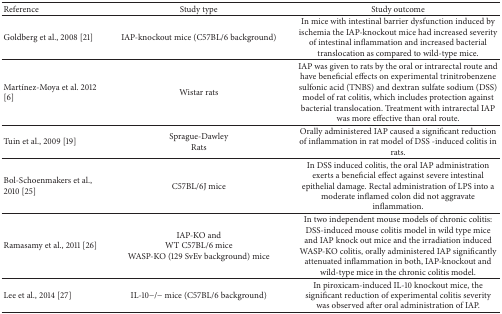
| Reference | Study type | Study outcome |
 | --- | --- | --- |
 | Goldberg et al., 2008 [21] | IAP-knockout mice (C57BL/6 background) | In mice with intestinal barrier dysfunction induced by ischemia the IAP-knockout mice had increased severity of intestinal inflammation and increased bacterial translocation as compared to wild-type mice. |
 | Martínez-Moya et al. 2012 [6] | Wistar rats | IAP was given to rats by the oral or intrarectal route and have beneficial effects on experimental trinitrobenzene sulfonic acid (TNBS) and dextran sulfate sodium (DSS) model of rat colitis, which includes protection against bacterial translocation. Treatment with intrarectal IAP was more effective than oral route. |
 | Tuin et al., 2009 [19] | Sprague-DawleyRats | Orally administered IAP caused a significant reduction of inflammation in rat model of DSS -induced colitis in rats. |
 | Bol-Schoenmakers et al., 2010 [25] | C57BL/6J mice | In DSS induced colitis, the oral IAP administration exerts a beneficial effect against severe intestinal epithelial damage. Rectal administration of LPS into a moderate inflamed colon did not aggravate inflammation. |
 | Ramasamy et al., 2011 [26] | IAP-KO andWT C57BL/6 mice WASP-KO (129 SvEv background) mice | In two independent mouse models of chronic colitis: DSS-induced mouse colitis model in wild type mice and IAP knock out mice and the irradiation induced WASP-KO colitis, orally administered IAP significantly attenuated inflammation in both, IAP-knockout and wild-type mice in the chronic colitis model. |
 | Lee et al., 2014 [27] | IL-10−/− mice (C57BL/6 background) | In piroxicam-induced IL-10 knockout mice, the significant reduction of experimental colitis severity was observed after oral administration of IAP. |